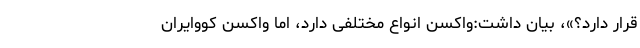
قرار دارد؟»، بیان داشت:واکسن انواع مختلفی دارد، اما واکسن کووایران